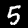
Digit: 5